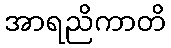
အာရညိကာတိ